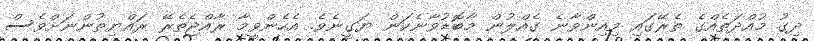
ދިގު މުއްދަތެއްގެ ތެރޭގައި މިއިންވާނެ ގެއްލުން މާބޮޑުވާނެކަން ޔަގީނެވެ. އެހެންވީމާ ރާއްޖެތެރޭ ރައްޔިތުންނަށްވެސް